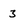
Character: 3